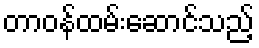
တာဝန်ထမ်းဆောင်သည့်